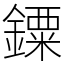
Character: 䥔